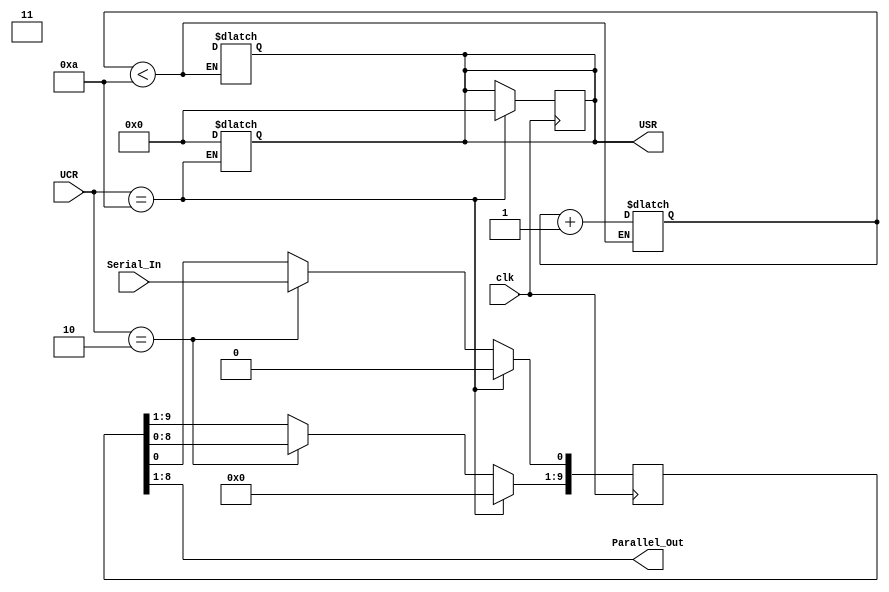
module sipo(Serial_In,clk,Parallel_Out,UCR,USR);
input clk;
input Serial_In;
input [15:0] UCR=16'h0000;
output [15:0] USR;
reg [15:0] usrr;
assign USR=usrr;
output [7:0]Parallel_Out;
wire [7:0]Parallel_Out;
reg [9:0]rbr;
reg [3:0] count=0;
always@(UCR)
begin
if(UCR==16'h000A)
usrr=16'h0000;
end

always@(posedge clk)
begin
if(UCR==16'h000A)
begin
usrr=16'h0000;
rbr<=10'd0;
end
else if(UCR==16'h0002)
begin
rbr <=rbr<<1;
rbr[0]<=Serial_In;
end
end
wire [15:0]usrr1;
assign Parallel_Out=rbr[8:1];
assign usrr1[3:2]=2'b11;
always@(Parallel_Out)
begin
    if(count<10)
    count=count+1;
    else
    usrr<=usrr1;
end

endmodule